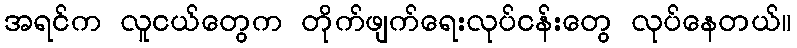
အရင်က လူငယ်တွေက တိုက်ဖျက်ရေးလုပ်ငန်းတွေ လုပ်နေတယ်။